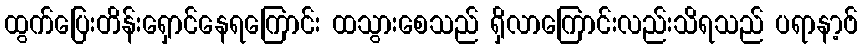
ထွက်ပြေးတိန်းရှောင်နေရကြောင်း ထသွားစေသည် ရှိလာကြောင်းလည်းသိရသည် ပရာနာ့ဗ်